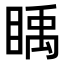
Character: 𥈋